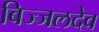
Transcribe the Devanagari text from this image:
बिज्जलदेव